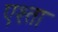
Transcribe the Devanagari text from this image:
एश्ता